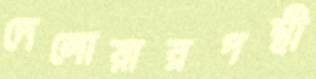
দেলোয়ারপন্থী